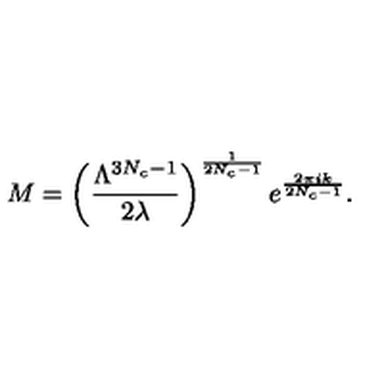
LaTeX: M = \left( \frac { \Lambda ^ { 3 N _ { c } - 1 } } { 2 \lambda } \right) ^ { \frac { 1 } { 2 N _ { c } - 1 } } e ^ { \frac { 2 \pi i k } { 2 N _ { c } - 1 } } .